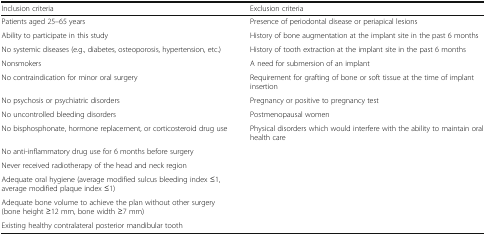
<table><thead><tr><td><b>Inclusion criteria</b></td><td><b>Exclusion criteria</b></td></tr></thead><tbody><tr><td>Patients aged 25–65 years</td><td>Presence of periodontal disease or periapical lesions</td></tr><tr><td>Ability to participate in this study</td><td>History of bone augmentation at the implant site in the past 6 months</td></tr><tr><td>No systemic diseases (e.g., diabetes, osteoporosis, hypertension, etc.)</td><td>History of tooth extraction at the implant site in the past 6 months</td></tr><tr><td>Nonsmokers</td><td>A need for submersion of an implant</td></tr><tr><td>No contraindication for minor oral surgery</td><td>Requirement for grafting of bone or soft tissue at the time of implant insertion</td></tr><tr><td>No psychosis or psychiatric disorders</td><td>Pregnancy or positive to pregnancy test</td></tr><tr><td>No uncontrolled bleeding disorders</td><td>Postmenopausal women</td></tr><tr><td>No bisphosphonate, hormone replacement, or corticosteroid drug use</td><td>Physical disorders which would interfere with the ability to maintain oral health care</td></tr><tr><td>No anti-inflammatory drug use for 6 months before surgery</td><td></td></tr><tr><td>Never received radiotherapy of the head and neck region</td><td></td></tr><tr><td>Adequate oral hygiene (average modified sulcus bleeding index ≤1, average modified plaque index ≤1)</td><td></td></tr><tr><td>Adequate bone volume to achieve the plan without other surgery (bone height ≥12 mm, bone width ≥7 mm)</td><td></td></tr><tr><td>Existing healthy contralateral posterior mandibular tooth</td><td></td></tr></tbody></table>